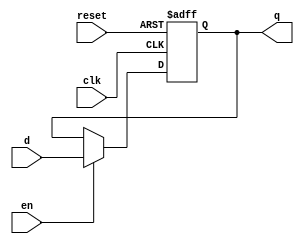
module ff_resen #(parameter N = 8)
                (input clk, reset, en,
                 input [N-1:0] d, 
                 output reg [N-1:0] q);

always @(posedge clk, posedge reset)
    if (reset)   
        q <= 0;
    else 
        if(en) 
            q <= d;

endmodule